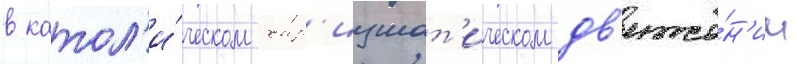
в катол'и́ческом хар'измат'ическом дв'иже́н'ии